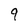
Character: q